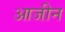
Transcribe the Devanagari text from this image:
आजीन